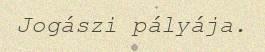
Jogászi pályája.